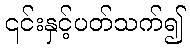
၎င်းနှင့်ပတ်သက်၍